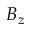
B _ { z }